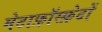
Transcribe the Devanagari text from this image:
मेटाफ़ॉस्फ़ेटों